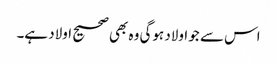
اس سے جو اولاد ہوگی وہ بھی صحیح اولاد ہے۔